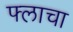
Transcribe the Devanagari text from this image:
फ्लाचा